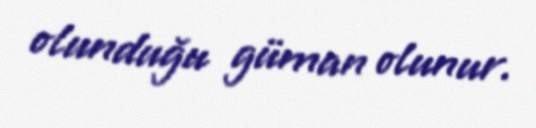
olunduğu güman olunur.